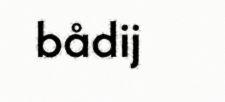
bådij